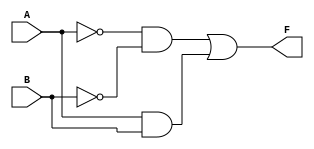
module two_variable_kmap (
    input wire A,  // Input A
    input wire B,  // Input B
    output wire F  // Output F
);

// Define the K-map logic
assign F = (~A & ~B) | (A & B);  // Example: F = A'B' + AB

endmodule